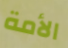
الأمة